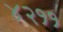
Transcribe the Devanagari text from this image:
४२११